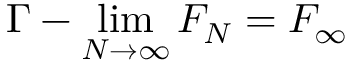
\Gamma - \operatorname* { l i m } _ { N \to \infty } F _ { N } = F _ { \infty }